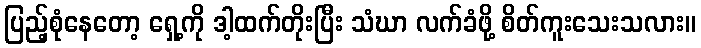
ပြည့်စုံနေတော့ ရှေ့ကို ဒါ့ထက်တိုးပြီး သံဃာ လက်ခံဖို့ စိတ်ကူးသေးသလား။